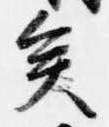
矣